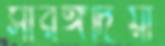
সারঙ্গদিয়া